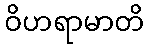
ဝိဟရာမာတိ